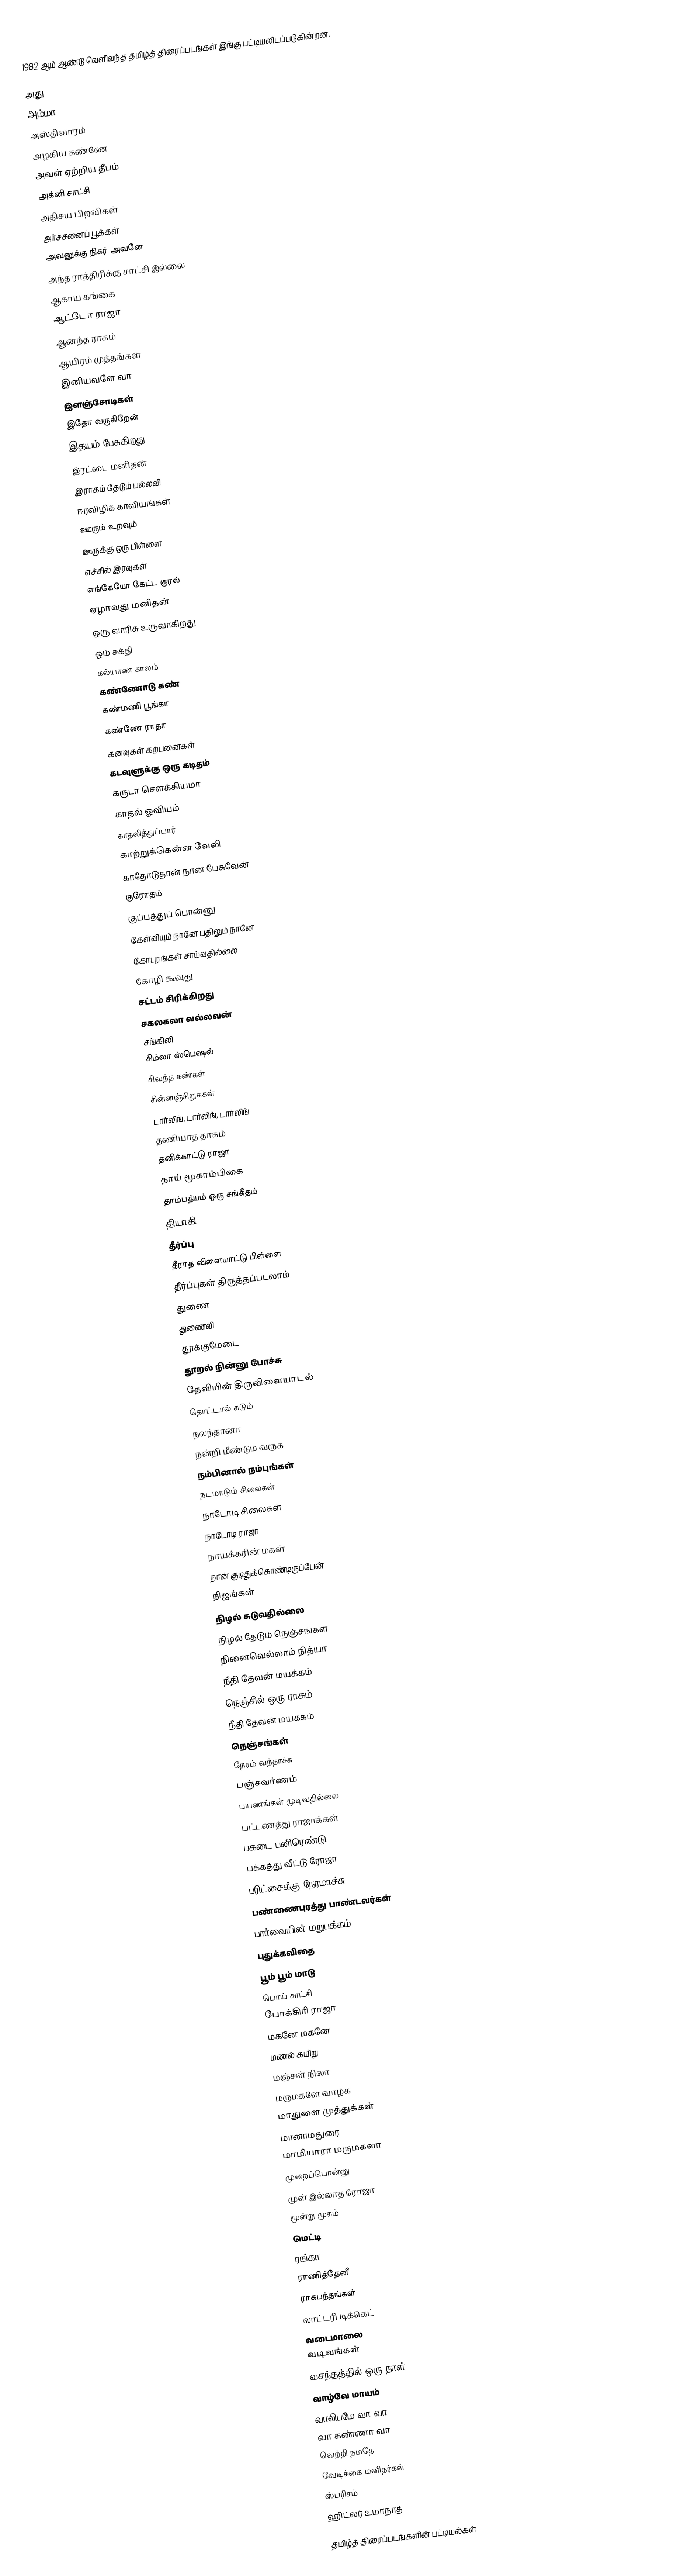
1982 ஆம் ஆண்டு வெளிவந்த தமிழ்த் திரைப்படங்கள் இங்கு பட்டியலிடப்படுகின்றன.

அது
அம்மா
அஸ்திவாரம்
அழகிய கண்ணே
அவள் ஏற்றிய தீபம்
அக்னி சாட்சி
அதிசய பிறவிகள்
அர்ச்சனைப் பூக்கள்
அவனுக்கு நிகர் அவனே
அந்த ராத்திரிக்கு சாட்சி இல்லை
ஆகாய கங்கை
ஆட்டோ ராஜா
ஆனந்த ராகம்
ஆயிரம் முத்தங்கள்
இனியவளே வா
இளஞ்சோடிகள்
இதோ வருகிறேன்
இதயம் பேசுகிறது
இரட்டை மனிதன்
இராகம் தேடும் பல்லவி
ஈரவிழிக் காவியங்கள்
ஊரும் உறவும்
ஊருக்கு ஒரு பிள்ளை
எச்சில் இரவுகள்
எங்கேயோ கேட்ட குரல்
ஏழாவது மனிதன்
ஒரு வாரிசு உருவாகிறது
ஓம் சக்தி
கல்யாண காலம்
கண்ணோடு கண்
கண்மணி பூங்கா
கண்ணே ராதா
கனவுகள் கற்பனைகள்
கடவுளுக்கு ஒரு கடிதம்
கருடா சௌக்கியமா
காதல் ஓவியம்
காதலித்துப்பார்
காற்றுக்கென்ன வேலி
காதோடுதான் நான் பேசுவேன்
குரோதம்
குப்பத்துப் பொன்னு
கேள்வியும் நானே பதிலும் நானே
கோபுரங்கள் சாய்வதில்லை
கோழி கூவுது
சட்டம் சிரிக்கிறது
சகலகலா வல்லவன்
சங்கிலி
சிம்லா ஸ்பெஷல்
சிவந்த கண்கள்
சின்னஞ்சிறுசுகள்
டார்லிங், டார்லிங், டார்லிங்
தணியாத தாகம்
தனிக்காட்டு ராஜா
தாய் மூகாம்பிகை
தாம்பத்யம் ஒரு சங்கீதம்
தியாகி
தீர்ப்பு
தீராத விளையாட்டு பிள்ளை
தீர்ப்புகள் திருத்தப்படலாம்
துணை
துணைவி
தூக்குமேடை
தூறல் நின்னு போச்சு
தேவியின் திருவிளையாடல்
தொட்டால் சுடும்
நலந்தானா
நன்றி மீண்டும் வருக
நம்பினால் நம்புங்கள்
நடமாடும் சிலைகள்
நாடோடி சிலைகள்
நாடோடி ராஜா
நாயக்கரின் மகள்
நான் குடிதுக்கொண்டிருப்பேன்
நிஜங்கள்
நிழல் சுடுவதில்லை
நிழல் தேடும் நெஞ்சங்கள்
நினைவெல்லாம் நித்யா
நீதி தேவன் மயக்கம்
நெஞ்சில் ஒரு ராகம்
நீதி தேவன் மயக்கம்
நெஞ்சங்கள்
நேரம் வந்தாச்சு
பஞ்சவர்ணம்
பயணங்கள் முடிவதில்லை
பட்டணத்து ராஜாக்கள்
பகடை பனிரெண்டு
பக்கத்து வீட்டு ரோஜா
பரிட்சைக்கு நேரமாச்சு
பண்ணைபுரத்து பாண்டவர்கள்
பார்வையின் மறுபக்கம்
புதுக்கவிதை
பூம் பூம் மாடு
பொய் சாட்சி
போக்கிரி ராஜா
மகனே மகனே
மணல் கயிறு
மஞ்சள் நிலா
மருமகளே வாழ்க
மாதுளை முத்துக்கள்
மானாமதுரை
மாமியாரா மருமகளா
முறைப்பொன்னு
முள் இல்லாத ரோஜா
மூன்று முகம்
மெட்டி
ரங்கா
ராணித்தேனீ
ராகபந்தங்கள்
லாட்டரி டிக்கெட்
வடைமாலை
வடிவங்கள்
வசந்தத்தில் ஒரு நாள்
வாழ்வே மாயம்
வாலிபமே வா வா
வா கண்ணா வா
வெற்றி நமதே
வேடிக்கை மனிதர்கள்
ஸ்பரிசம்
ஹிட்லர் உமாநாத்

தமிழ்த் திரைப்படங்களின் பட்டியல்கள்